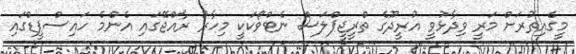
މީގެއިތުރަށް މަރީ ވިދާޅުވީ އުރީދޫގެ ތްރީޖީޕްލަސް ނެޓްވޯކަކީ މިހާރު ރާއްޖޭގައި އެންމެ ހައިސްޕީޑްގައި